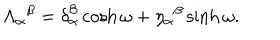
\Lambda _ { \alpha } { } ^ { \beta } = \delta _ { \alpha } ^ { \beta } \cosh \omega + \eta _ { \alpha } { } ^ { \beta } \sinh \omega .